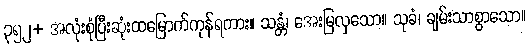
၃၅၂+ အလုံးစုံပြီးဆုံးထမြောက်ကုန်ရကား။ သန္တံ၊ အေးမြလှသော။ သုခံ၊ ချမ်းသာစွာသော။